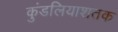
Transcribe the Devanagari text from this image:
कुंडलियाशतक